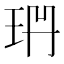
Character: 𭹅